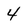
Character: 4